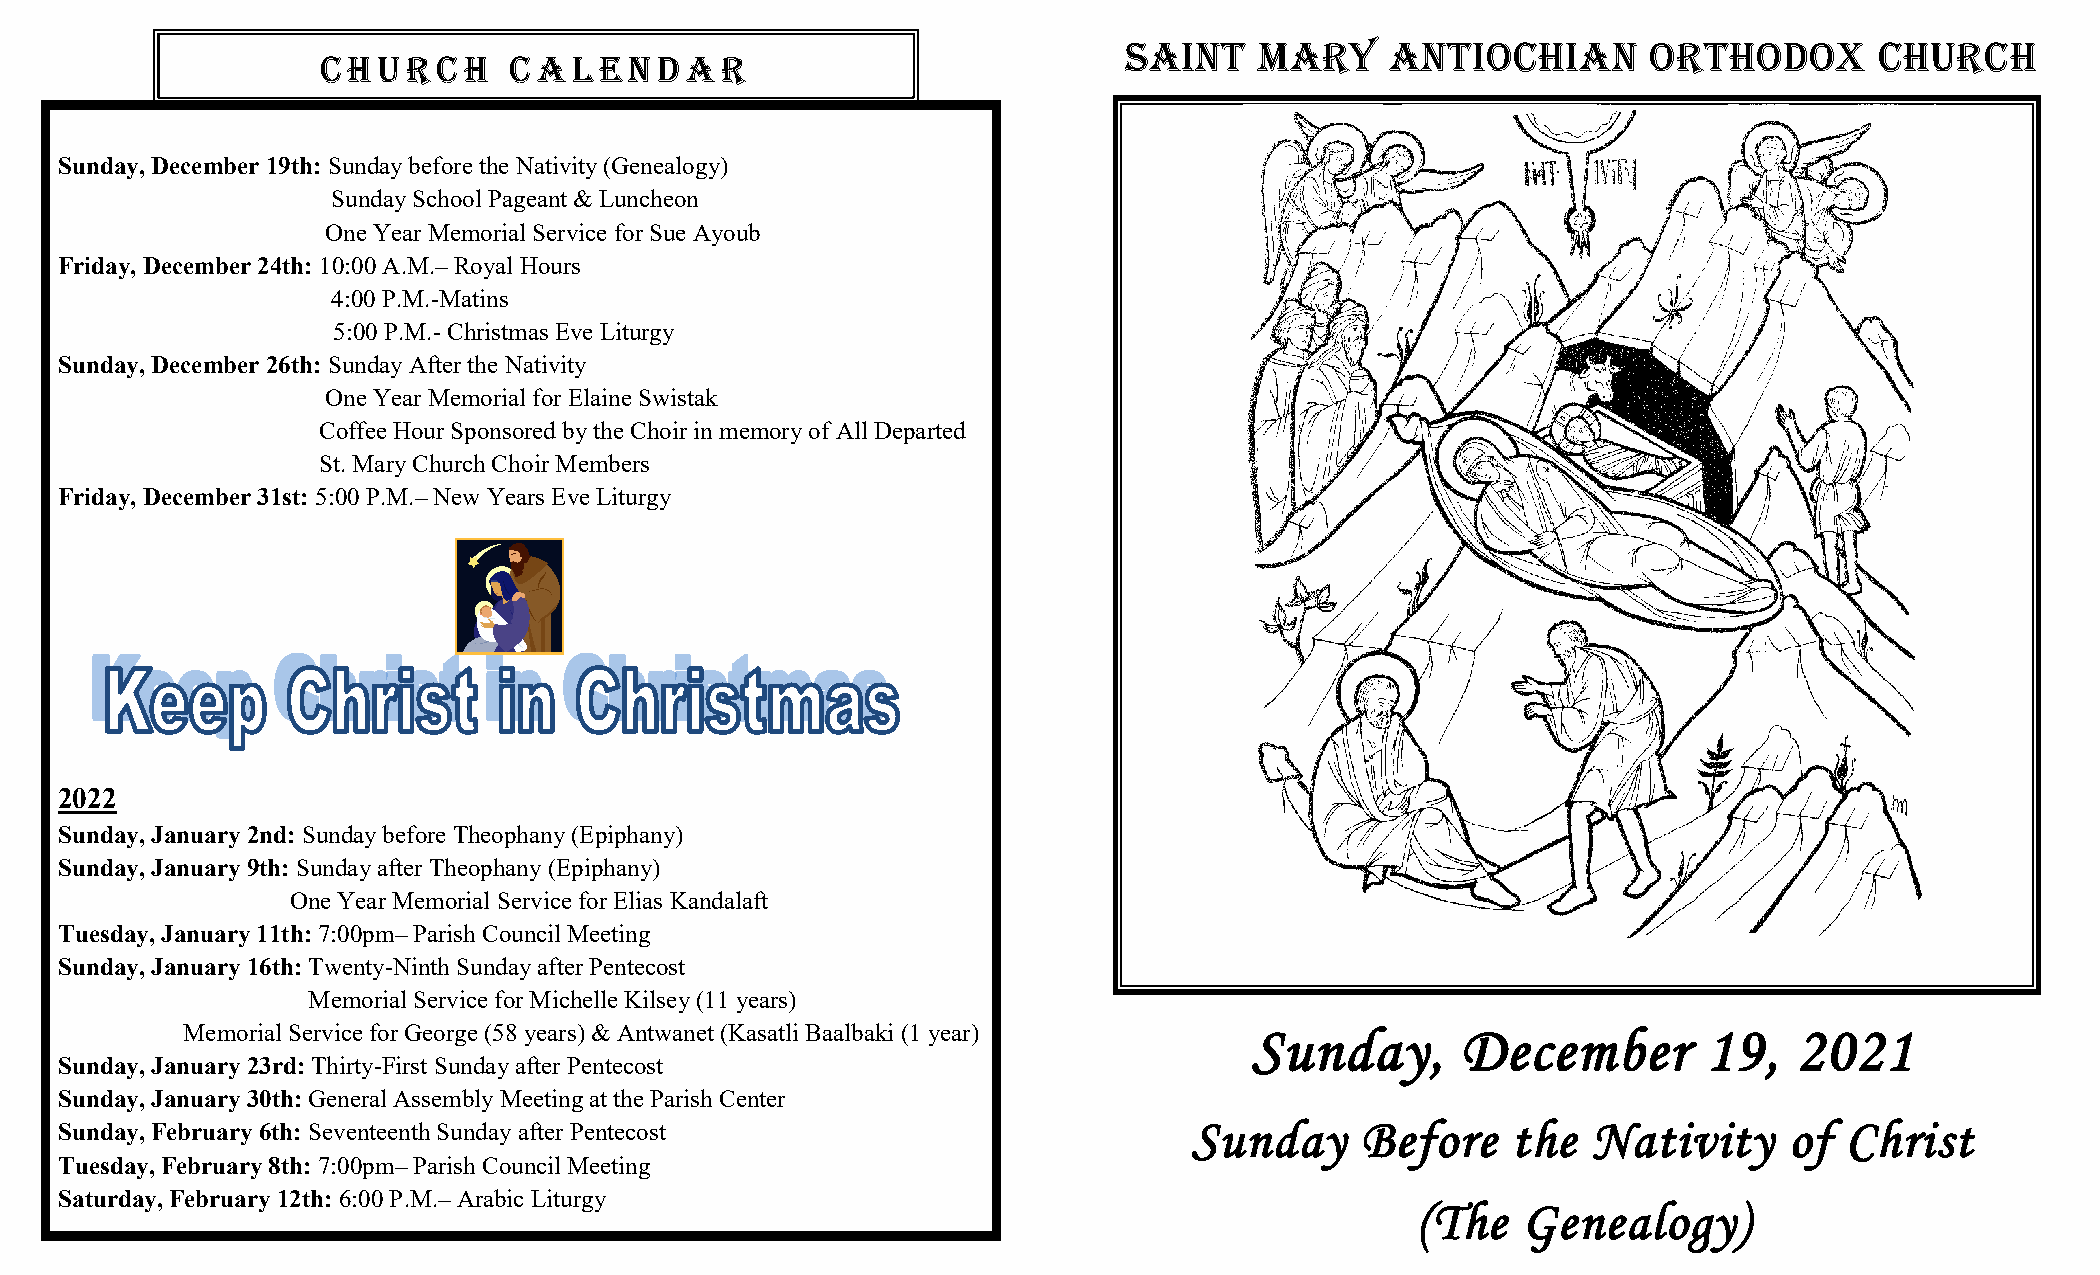
Saint    Mary     Antiochian       Orthodox       Church
 Church       Ca  lend   a  r
 Sunday, December 19th: Sunday before the Nativity (Genealogy)
 Sunday School Pageant & Luncheon
 One Year Memorial Service for Sue Ayoub
 Friday, December 24th: 10:00 A.M.– Royal Hours
 4:00 P.M.-Matins
 5:00 P.M.- Christmas Eve Liturgy
 Sunday, December 26th: Sunday After the Nativity
 One Year Memorial for Elaine Swistak
 Coffee Hour Sponsored by the Choir in memory of All Departed
 St. Mary Church Choir Members
 Friday, December 31st: 5:00 P.M.– New Years Eve Liturgy
 2022
 Sunday, January 2nd: Sunday before Theophany (Epiphany)
 Sunday, January 9th: Sunday after Theophany (Epiphany)
 One Year Memorial Service for Elias Kandalaft
 Tuesday, January 11th: 7:00pm– Parish Council Meeting
 Sunday, January 16th: Twenty-Ninth Sunday after Pentecost
 Memorial Service for Michelle Kilsey (11 years)
 Memorial Service for George (58 years) & Antwanet (Kasatli Baalbaki (1 year) Sunday, December        19,   2021
 Sunday, January 23rd: Thirty-First Sunday after Pentecost
 Sunday, January 30th: General Assembly Meeting at the Parish Center
 Sunday, February 6th: Seventeenth Sunday after Pentecost                   Sunday     Before    the  Nativity     of  Christ
 Tuesday, February 8th: 7:00pm– Parish Council Meeting
 Saturday, February 12th: 6:00 P.M.– Arabic Liturgy
 (The   Genealogy)